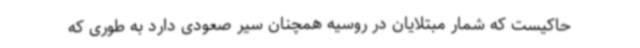
حاکیست که شمار مبتلایان در روسیه همچنان سیر صعودی دارد به طوری که